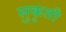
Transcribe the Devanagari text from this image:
सुकृती